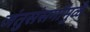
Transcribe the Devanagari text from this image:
जंतुसंसर्गांमुळे